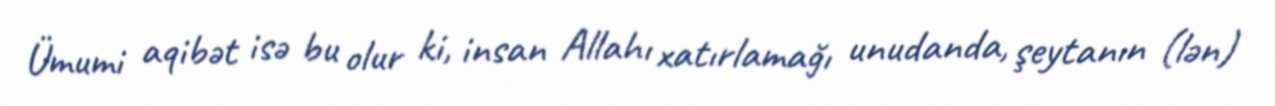
Ümumi aqibət isə bu olur ki, insan Allahı xatırlamağı unudanda, şeytanın (lən)